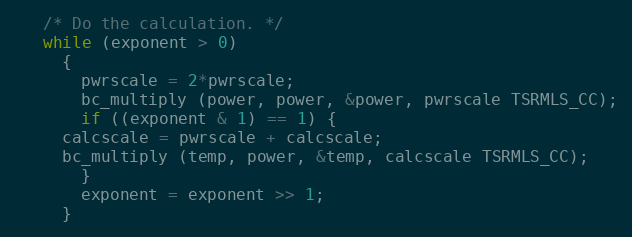
Language: C++
   /* Do the calculation. */
   while (exponent > 0)
     {
       pwrscale = 2*pwrscale;
       bc_multiply (power, power, &power, pwrscale TSRMLS_CC);
       if ((exponent & 1) == 1) {
	 calcscale = pwrscale + calcscale;
	 bc_multiply (temp, power, &temp, calcscale TSRMLS_CC);
       }
       exponent = exponent >> 1;
     }